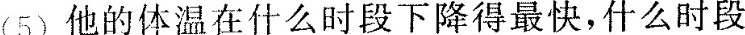
(5)他的体温在什么时段下降得最快，什么时段